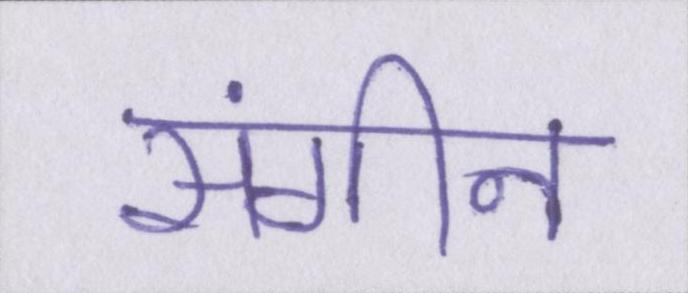
संगीन